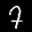
Label: 7